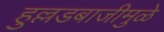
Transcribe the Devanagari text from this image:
हुल्लडबाजीमुळे